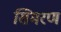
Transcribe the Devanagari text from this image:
सिमरण